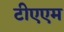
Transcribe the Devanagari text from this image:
टीएएम